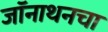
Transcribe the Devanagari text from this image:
जॉनाथनचा